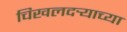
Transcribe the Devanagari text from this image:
चिखलदर्‍याच्या